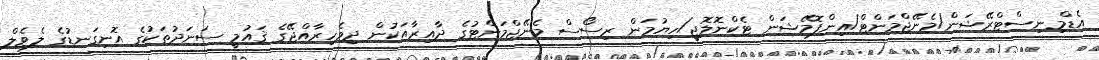
އެޑްމިނިސްޓްރޭޝަން/މެނޭޖްމަންޓް/އިންފޮމޭޝަން ޓެކްނޮލޮޖީ/ހިޔުމަން ރިސޯސް މެނޭޖްމަންޓުގެ ދާއިރާއަކުން ދިވެހިރާއްޖޭގެ ޤައުމީ ސަނަދުތަކުގެ އޮނިގަނޑުގެ ލެވެލް